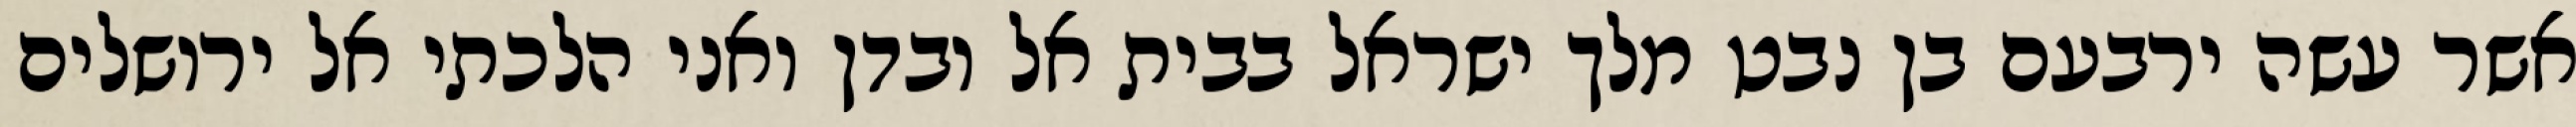
אשר עשה ירבעם בן נבט מלך ישראל בבית אל ובדן ואני הלכתי אל ירושלים